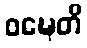
ဝဍ္ဎေတိ